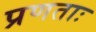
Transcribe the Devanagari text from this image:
प्रणताः